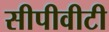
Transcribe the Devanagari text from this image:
सीपीवीटी